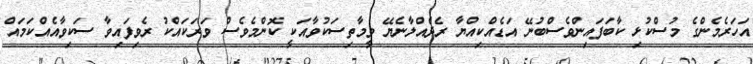
އަހަރެމެންގެ މުސްކުޅި ކާބަފައިންވެސްބުނޭ އަޑެއްކިއްޔާ ރެދެއްލާނެޔޭ ވީމާތިސަކުވާއަކީ ކޮންމެވެސް ވަރަކައްކު ރެވިފައިވާ ސަކިވާއެއްކަމައް